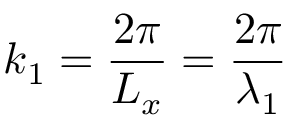
k _ { 1 } = \frac { 2 \pi } { L _ { x } } = \frac { 2 \pi } { \lambda _ { 1 } }